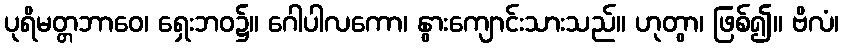
ပုရိမတ္တဘာဝေ၊ ရှေးဘဝ၌။ ဂေါပါလကော၊ နွားကျောင်းသားသည်။ ဟုတွာ၊ ဖြစ်၍။ ဗိလံ၊